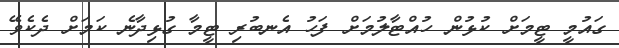
ގައުމީ ޓީމަށް ކުޅުން ހުއްޓާލުމަށް ފަހު އެނބުރި ޓީމާ ގުޅިދާނެ ކަމަށް ދެކެވޭ